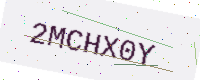
Text: 2MCHX0Y